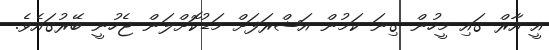
އީ އާރް ގައި މީހުން ގިނަ ކަމުން އަޝްރަފަށް މަޑުކޮށްލަން ޖެހުނީ ބޭރުގައެވެ.